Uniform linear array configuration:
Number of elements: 12
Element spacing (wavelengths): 0.25
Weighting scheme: exponential
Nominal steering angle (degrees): -45
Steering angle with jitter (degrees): -46.337
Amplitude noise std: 0.05
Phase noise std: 0.05

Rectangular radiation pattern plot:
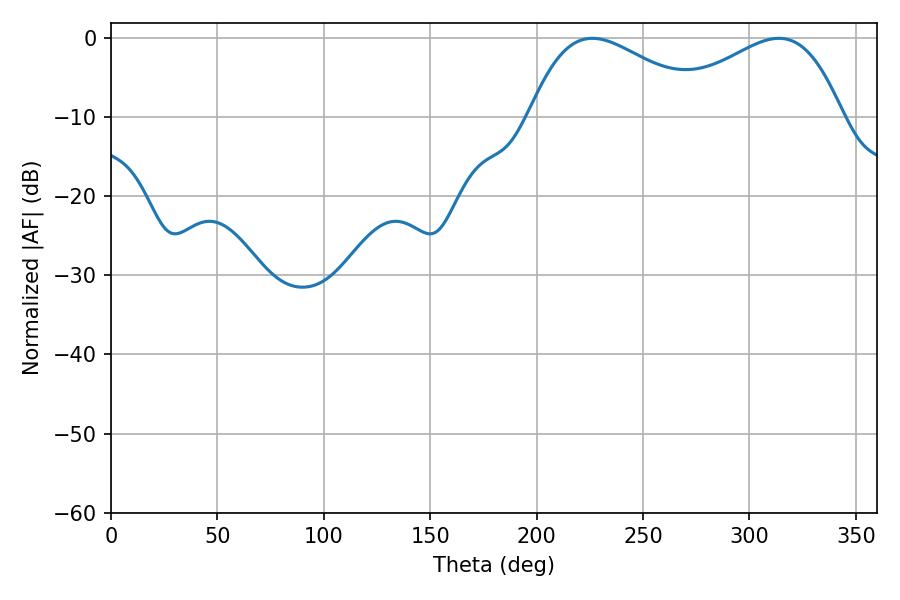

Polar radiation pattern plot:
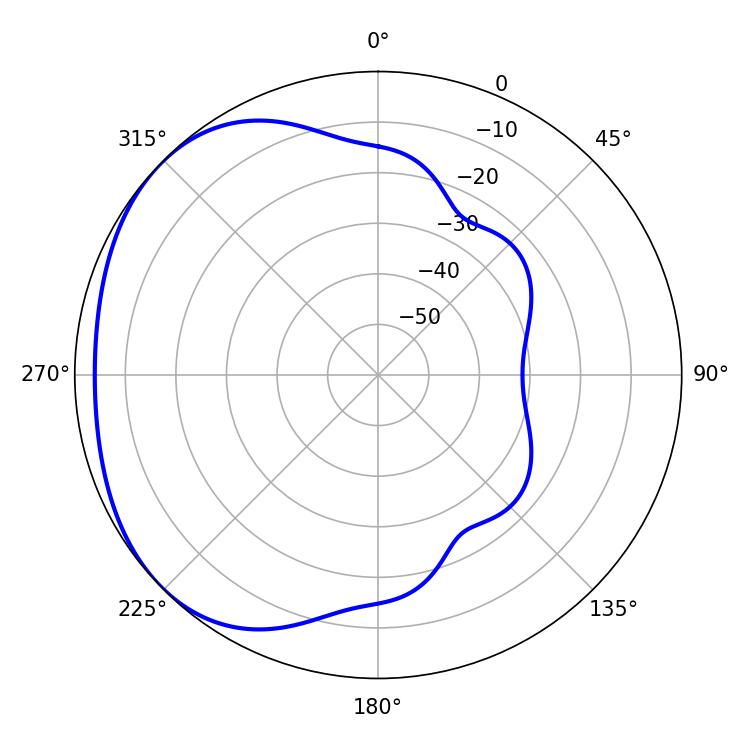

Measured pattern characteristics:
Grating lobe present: FALSE
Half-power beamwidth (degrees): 45.72
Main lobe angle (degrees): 226.26